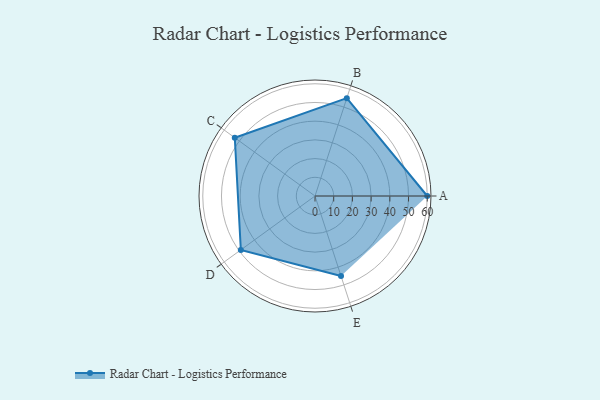
{"axis": {"x": "Skill", "y": "Score"}, "legend": ["Profile"], "data": [{"x": "A", "y": 60.0, "type": "Profile"}, {"x": "B", "y": 55.0, "type": "Profile"}, {"x": "C", "y": 53.0, "type": "Profile"}, {"x": "D", "y": 49.0, "type": "Profile"}, {"x": "E", "y": 45.0, "type": "Profile"}]}